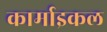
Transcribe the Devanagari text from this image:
कार्माइकल